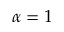
\alpha = 1